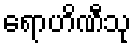
ရောဟိဏီသု